Indian journal of veterinary science and animal husbandry - Volume 3,
Year: 1933
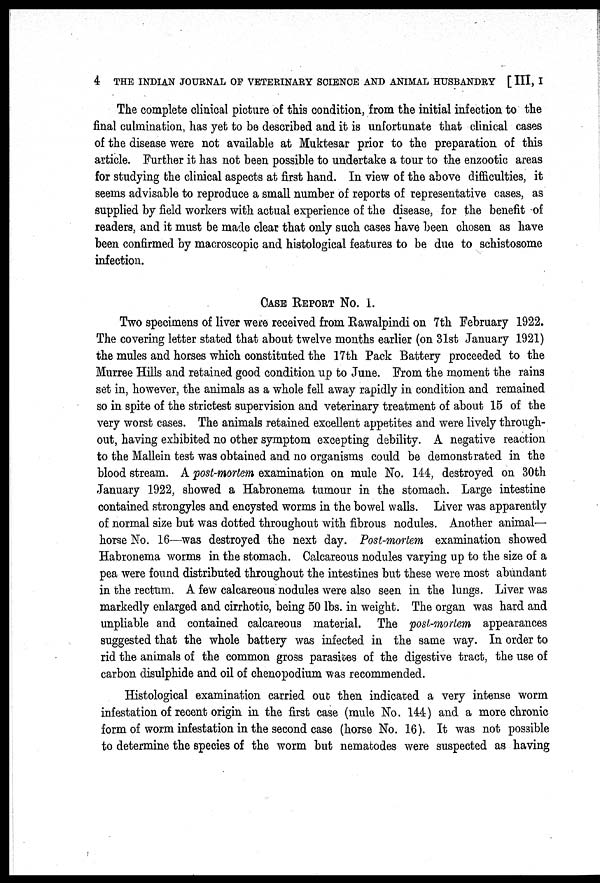
4 THE INDIAN JOURNAL OF VETERINARY SCIENCE AND ANIMAL HUSBANDRY [ III, I
The complete clinical picture of this condition, from the initial infection to the
final culmination, has yet to be described and it is unfortunate that clinical cases
of the disease were not available at Muktesar prior to the preparation of this
article. Further it has not been possible to undertake a tour to the enzootic areas
for studying the clinical aspects at first hand. In view of the above difficulties, it
seems advisable to reproduce a small number of reports of representative cases, as
supplied by field workers with actual experience of the disease, for the benefit of
readers, and it must be made clear that only such cases have been chosen as have
been confirmed by macroscopic and histological features to be due to schistosome
infection.
CASE REPORT NO. 1.
Two specimens of liver were received from Rawalpindi on 7th February 1922.
The covering letter stated that about twelve months earlier (on 31st January 1921)
the mules and horses which constituted the 17th Pack Battery proceeded to the
Murree Hills and retained good condition up to June. From the moment the rains
set in, however, the animals as a whole fell away rapidly in condition and remained
so in spite of the strictest supervision and veterinary treatment of about 15 of the
very worst cases. The animals retained excellent appetites and were lively through-
out, having exhibited no other symptom excepting debility. A negative reaction
to the Mallein test was obtained and no organisms could be demonstrated in the
blood stream. A post-mortem examination on mule No. 144, destroyed on 30th
January 1922, showed a Habronema tumour in the stomach. Large intestine
contained strongyles and encysted worms in the bowel walls. Liver was apparently
of normal size but was dotted throughout with fibrous nodules. Another animal—
horse No. 16—was destroyed the next day. Post-mortem examination showed
Habronema worms in the stomach. Calcareous nodules varying up to the size of a
pea were found distributed throughout the intestines but these were most abundant
in the rectum. A few calcareous nodules were also seen in the lungs. Liver was
markedly enlarged and cirrhotic, being 50 lbs. in weight. The organ was hard and
unpliable and contained calcareous material. The post-mortem appearances
suggested that the whole battery was infected in the same way. In order to
rid the animals of the common gross parasites of the digestive tract, the use of
carbon disulphide and oil of chenopodium was recommended.
Histological examination carried out then indicated a very intense worm
infestation of recent origin in the first case (mule No. 144) and a more chronic
form of worm infestation in the second case (horse No. 16). It was not possible
to determine the species of the worm but nematodes were suspected as having